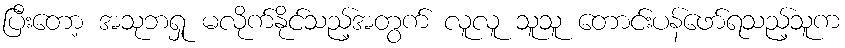
ပြီးတော့ အသုဘရှု မလိုက်နိုင်သည့်အတွက် လူလူ သူသူ တောင်းပန်ဖော်ရသည့်သူက